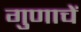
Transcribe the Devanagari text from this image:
गुणाचें